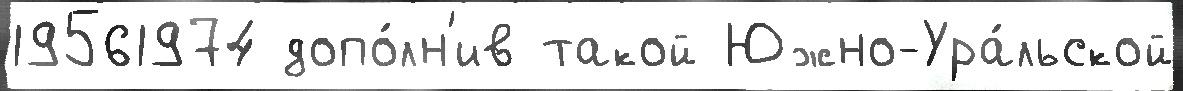
19561974 допо́лн'ив такой Южно-Ура́льской